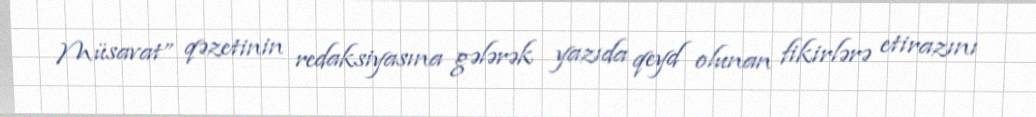
Müsavat” qəzetinin redaksiyasına gələrək yazıda qeyd olunan fikirlərə etirazını